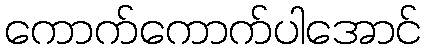
ကောက်ကောက်ပါအောင်